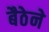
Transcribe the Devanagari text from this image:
बैठेने